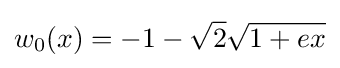
w_{0}(x)=-1-{\sqrt {2}}{\sqrt {1+ex}}